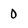
Character: 0